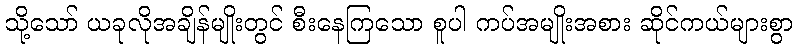
သို့သော် ယခုလိုအချိန်မျိုးတွင် စီးနေကြသော စူပါ ကပ်အမျိုးအစား ဆိုင်ကယ်များစွာ